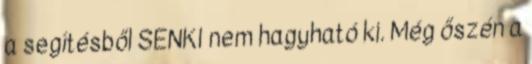
a segítésből SENKI nem hagyható ki. Még őszén a